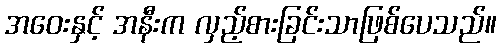
အဝေးနှင့် အနီးက လှည့်စားခြင်းသာဖြစ်ပေသည်။